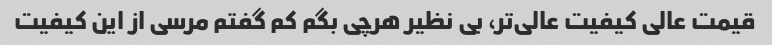
قیمت عالی کیفیت عالی‌تر، بی نظیر هرچی بگم کم گفتم مرسی از این کیفیت